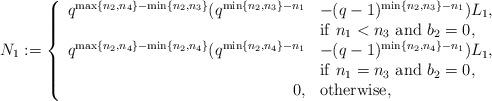
LaTeX: \begin{align*}N_{1}:={\left\{\begin{array}{rl}q^{\max\{n_2,n_4\}-\min\{n_2,n_3\}}(q^{\min\{n_2,n_3\}-n_1}& -(q-1)^{\min\{n_2, n_3\}-n_1})L_1,\\& {\rm if} \ n_1<n_3 \ {\rm and}\ b_2=0,\\q^{\max\{n_2,n_4\}-\min\{n_2,n_4\}}(q^{\min\{n_2,n_4\}-n_1}&-(q-1)^{\min\{n_2,n_4\}-n_1})L_1,\\& {\rm if} \ n_1=n_3 \ {\rm and}\ b_2=0, \\0, & {\rm otherwise},\end{array}\right.}\end{align*}